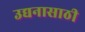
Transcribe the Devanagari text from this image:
उद्यनासाठी